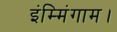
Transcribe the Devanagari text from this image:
इंम्मिंगाम।